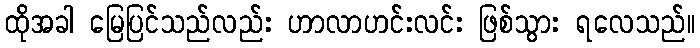
ထိုအခါ မြေပြင်သည်လည်း ဟာလာဟင်းလင်း ဖြစ်သွား ရလေသည်။